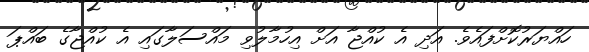
ހައްޔަރުކޮށްފައެވެ. އަދި އެ ކުއްޖާ އަށް އިހުމާލުވި މައްސަލާގައި އެ ކުއްޖާގެ ބައްޕަ